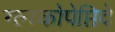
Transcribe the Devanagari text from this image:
ग्ल्य्कोपेप्तिदे